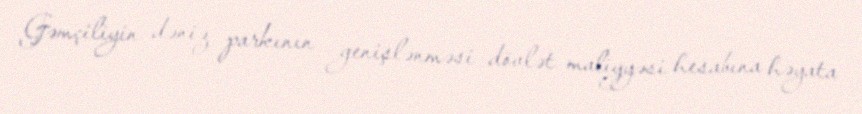
Gəmçiliyin dəniz parkının genişlənməsi dövlət maliyyəsi hesabına həyata